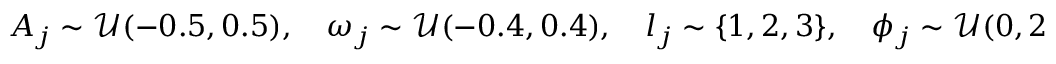
A _ { j } \sim \mathcal { U } ( - 0 . 5 , 0 . 5 ) , \quad \omega _ { j } \sim \mathcal { U } ( - 0 . 4 , 0 . 4 ) , \quad l _ { j } \sim \{ 1 , 2 , 3 \} , \quad \phi _ { j } \sim \mathcal { U } ( 0 , 2 \pi )